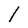
Character: 1